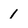
Character: 1